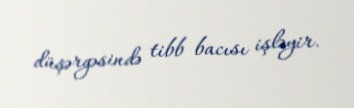
düşərgəsində tibb bacısı işləyir.